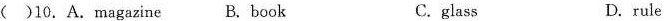
()10. A. Magazine B. book C.glass D. rule